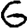
Digit: 6